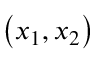
\left( x _ { 1 } , x _ { 2 } \right)